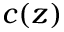
c ( z )